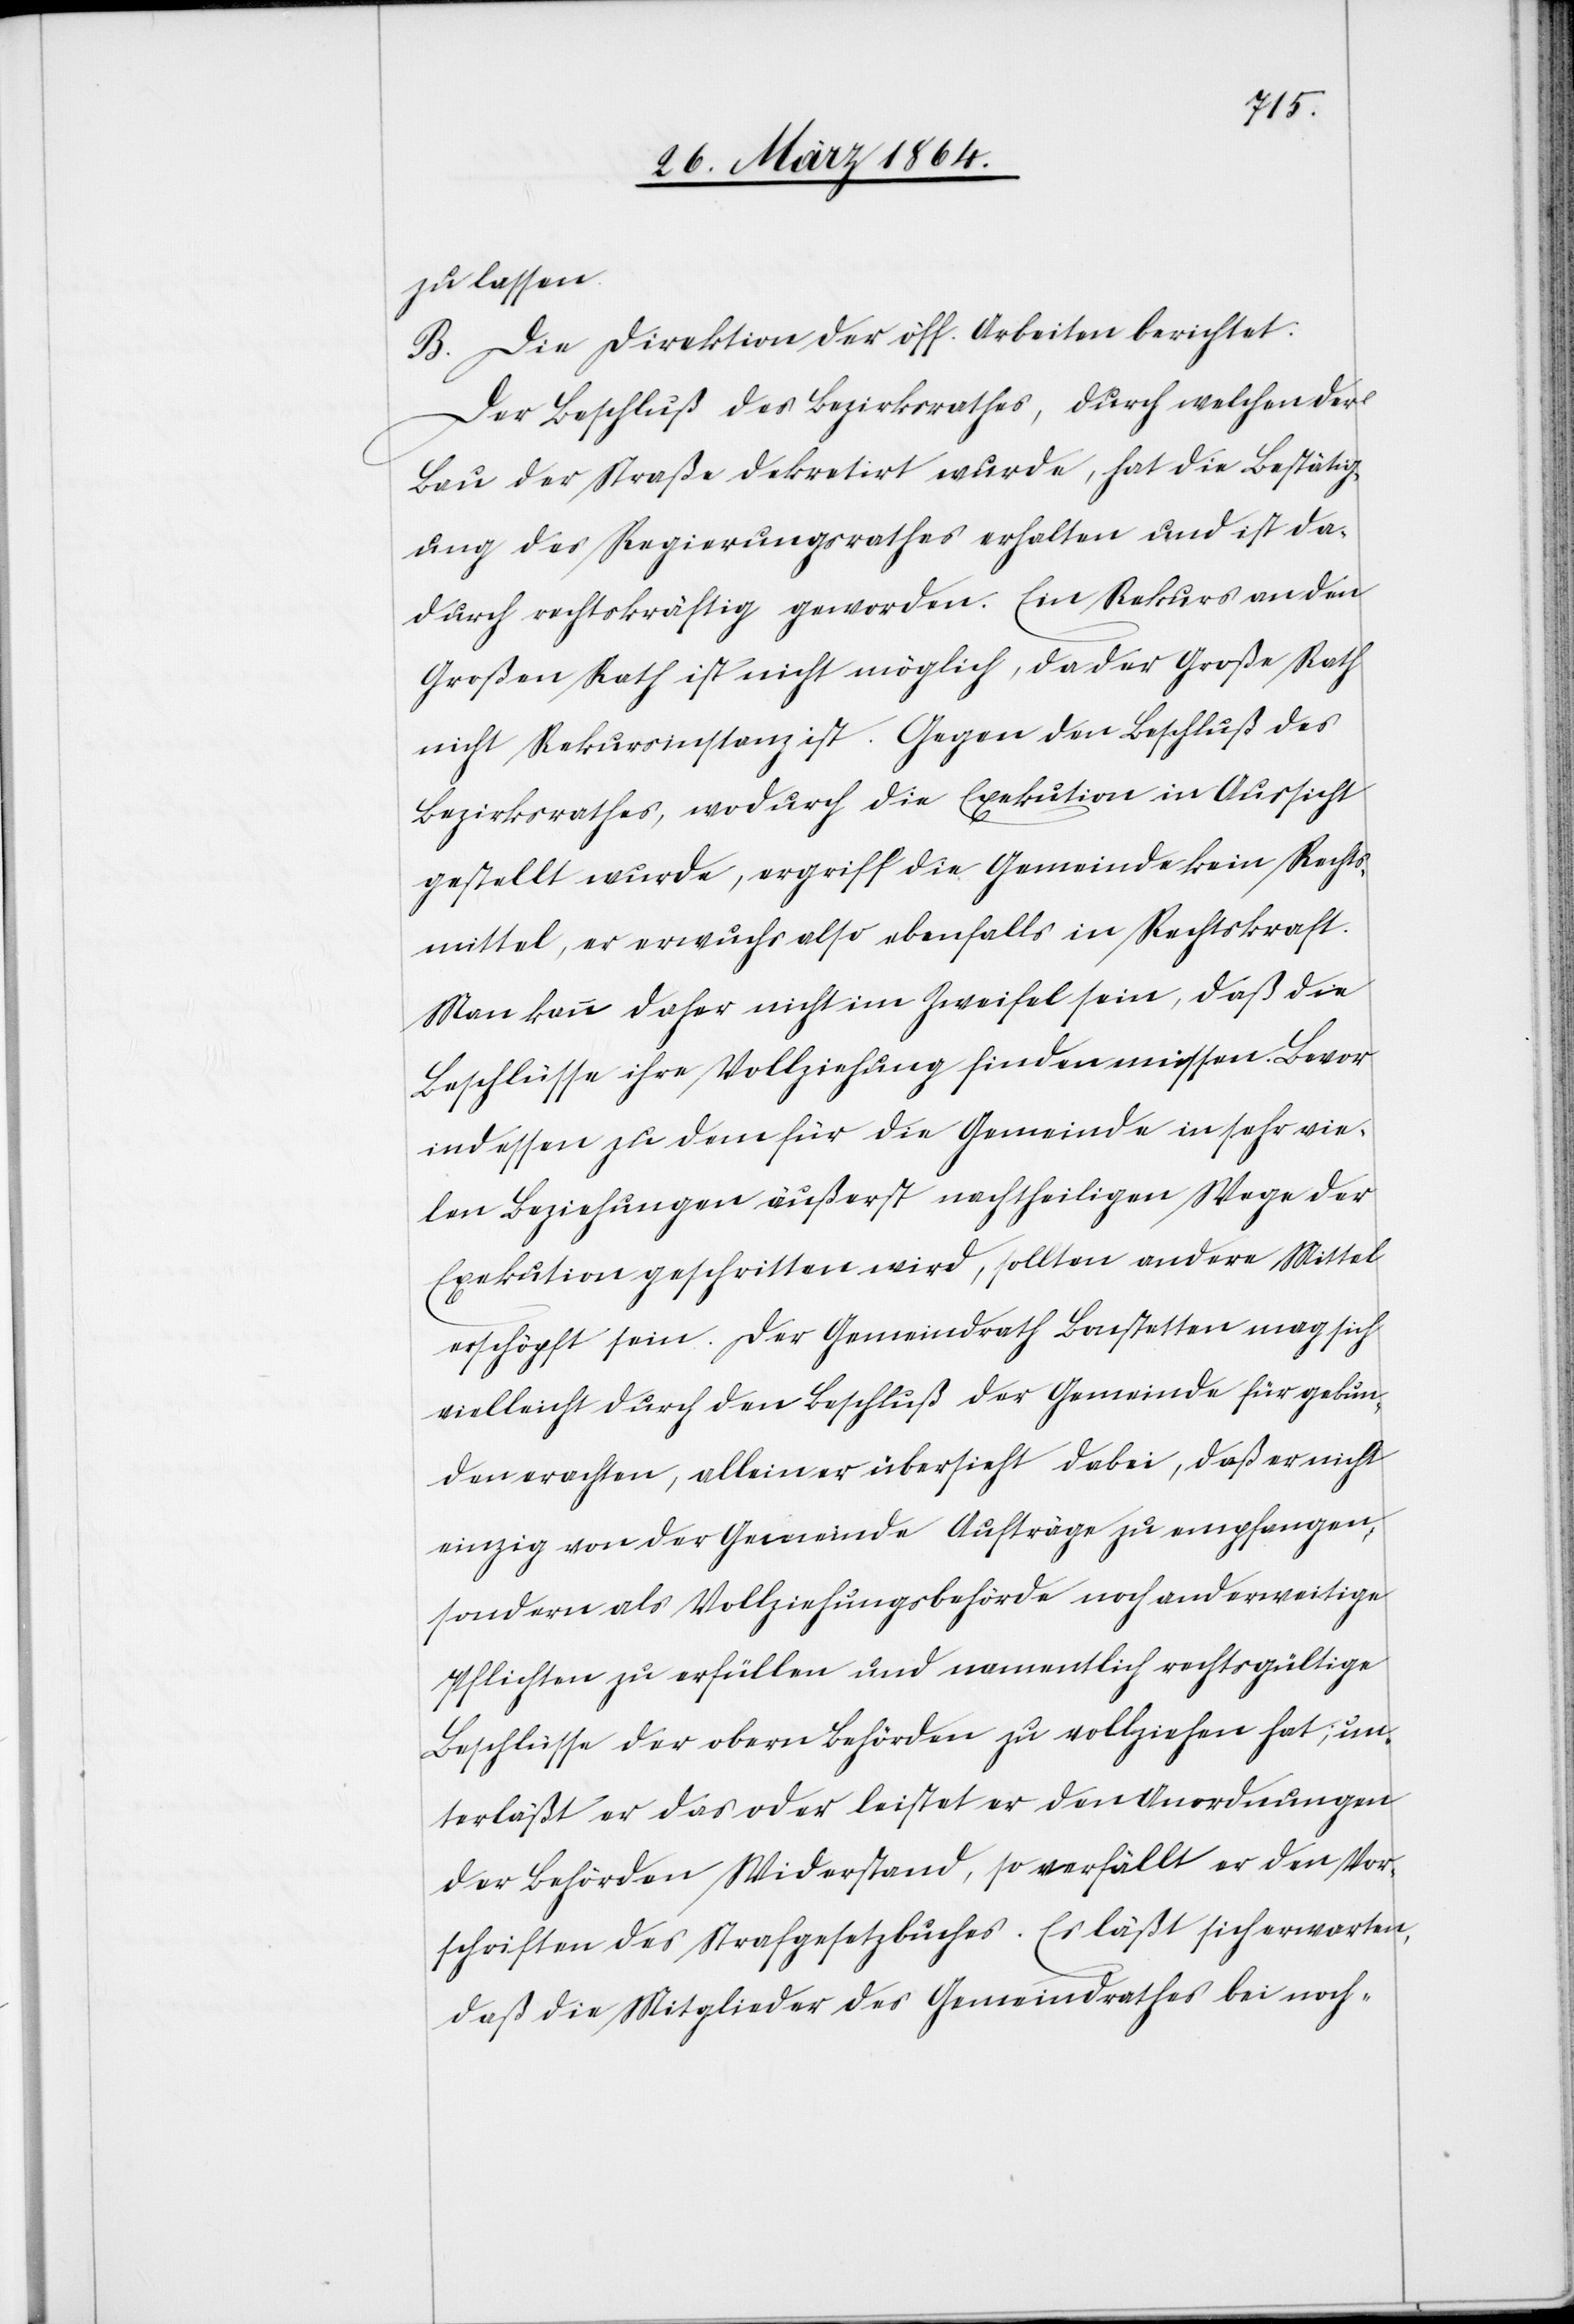
zu lassen.
B. Die Direktion der öff. Arbeiten berichtet:
Der Beschluß des Bezirksrathes, durch welchen der
Bau der Straße dekretirt wurde, hat die Bestätig¬
ung des Regierungsrathes erhalten und ist da¬
durch rechtskräftig geworden. Ein Rekurs an den
Großen Rath ist nicht möglich, da der Große Rath
nicht Rekursinstanz ist. Gegen den Beschluß des
Bezirksrathes, wodurch die Exekution in Aussicht
gestellt wurde, ergriff die Gemeinde kein Rechts¬
mittel, er erwuchs also ebenfalls in Rechtskraft.
Man kann daher nicht im Zweifel sein, daß die
Beschlüsse ihre Vollziehung finden müssen. Bevor
indessen zu dem für die Gemeinde in sehr vie¬
len Beziehungen äußerst nachtheiligen Wege der
Exekution geschritten wird, sollten andere Mittel
erschöpft sein. Der Gemeindrath Bonstetten mag sich
vielleicht durch den Beschluß der Gemeinde für gebun¬
den erachten, allein er übersieht dabei, daß er nicht
einzig von der Gemeinde Aufträge zu empfangen,
sondern als Vollziehungsbehörde noch anderweitige
Pflichten zu erfüllen und namentlich rechtsgültige
Beschlüsse der obern Behörden zu vollziehen hat, un¬
terläßt er das oder leistet er den Anordnungen
der Behörden Widerstand, so verfällt er den Vor¬
schriften des Strafgesetzbuches. Es läßt sich erwarten,
daß die Mitglieder des Gemeindrathes bei noch-